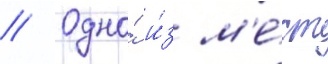
// Одно́ и́з м'е́ст